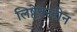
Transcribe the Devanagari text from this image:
लिष्टेनस्टीन